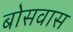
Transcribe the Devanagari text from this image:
बोसवास